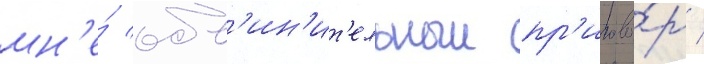
мн'е́ обв'ин'ит'ельныи пр'игово́р /